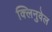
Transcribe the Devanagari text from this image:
क्लिनुवेल